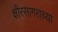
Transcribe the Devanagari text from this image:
क्षीरसागरांच्या